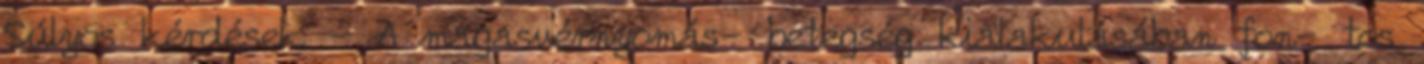
Súlyos kérdések - A magasvérnyomás- betegség kialakulásában fon- tos